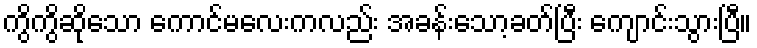
ကွိကွိဆိုသော ကောင်မလေးကလည်း အခန်းသော့ခတ်ပြီး ကျောင်းသွားပြီ။